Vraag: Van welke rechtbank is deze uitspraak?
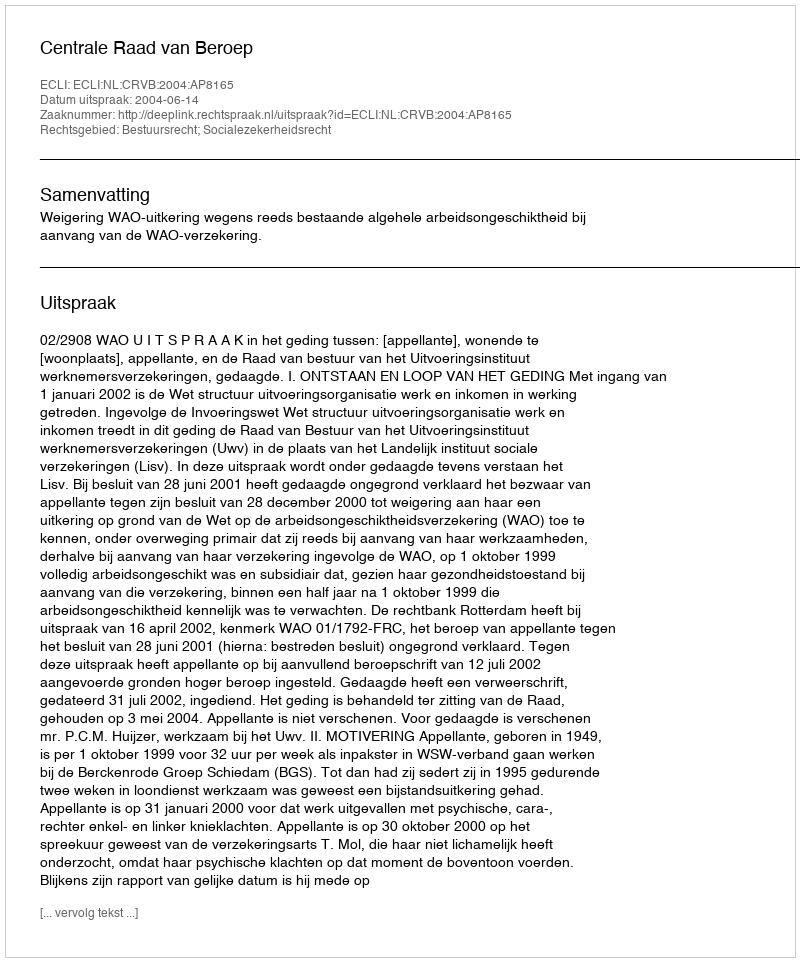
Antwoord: Centrale Raad van Beroep